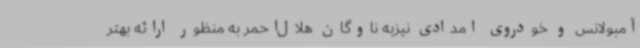
آمبولانس و خودروی امدادی نیزبه ناوگان هلال‌احمر به منظور ارائه بهتر